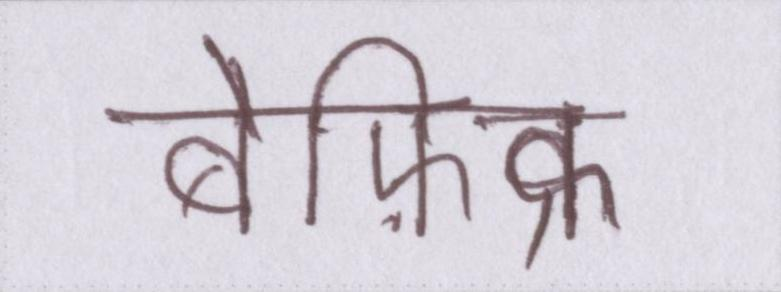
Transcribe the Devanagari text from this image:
बेफ़िक्र